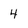
Character: 4